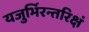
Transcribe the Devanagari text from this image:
यजुर्भिरन्तरिक्षं